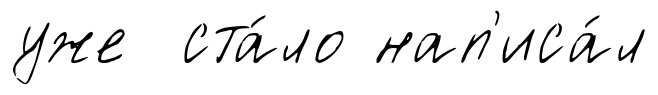
уже ста́ло нап'иса́л